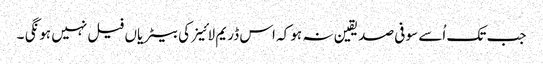
جب تک اُسے سو فی صد یقین نہ ہو کہ اس ڈریم لائینر کی بیٹریاں فیل نہیں ہونگی ۔